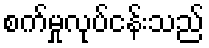
စက်မှုလုပ်ငန်းသည်